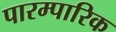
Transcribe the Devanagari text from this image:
पारम्पारिक